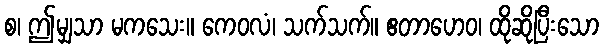
စ၊ ဤမျှသာ မကသေး။ ကေဝလံ၊ သက်သက်။ ဧတာဟေဝ၊ ထိုဆိုပြီးသော